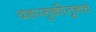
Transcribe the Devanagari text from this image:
दडपनुकीतूनच